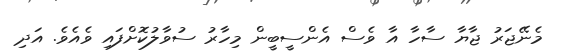
މެނޭޖަރު ޖާޔާ ސާހާ އާ ވެސް އެންސީބީން މިހާރު ސުވާލުކޮށްފައި ވެއެވެ. އަދި